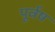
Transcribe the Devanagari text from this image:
पूर्वष